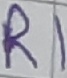
Text: R1